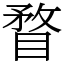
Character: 瞀